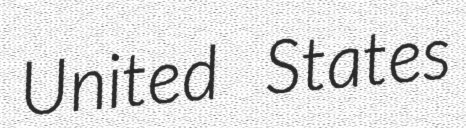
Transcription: United States